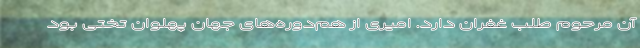
آن مرحوم طلب غفران دارد. امیری از هم‌دوره‌های جهان پهلوان تختی بود